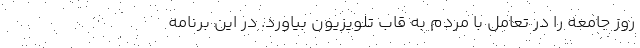
روز جامعه را در تعامل با مردم به قاب تلویزیون بیاورد. در این برنامه